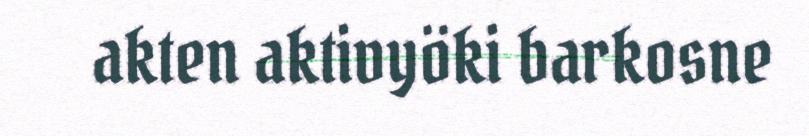
akten aktivyöki barkosne